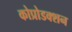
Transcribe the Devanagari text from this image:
कोप्रोडक्शन